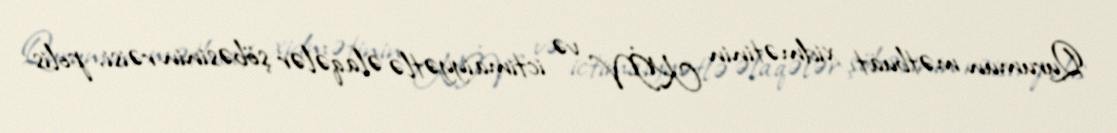
Qurumun mətbuat xidmətinin KİV və ictimaiyyətlə əlaqələr şöbəsinin rəisi, polis